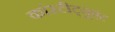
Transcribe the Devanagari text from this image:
कांस्टीट्यूएंट